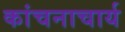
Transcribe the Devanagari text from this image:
कांचनाचार्य